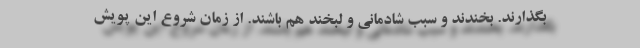
بگذارند. بخندند و سبب شادمانی و لبخند هم باشند. از زمان شروع این پویش